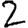
Digit: 2